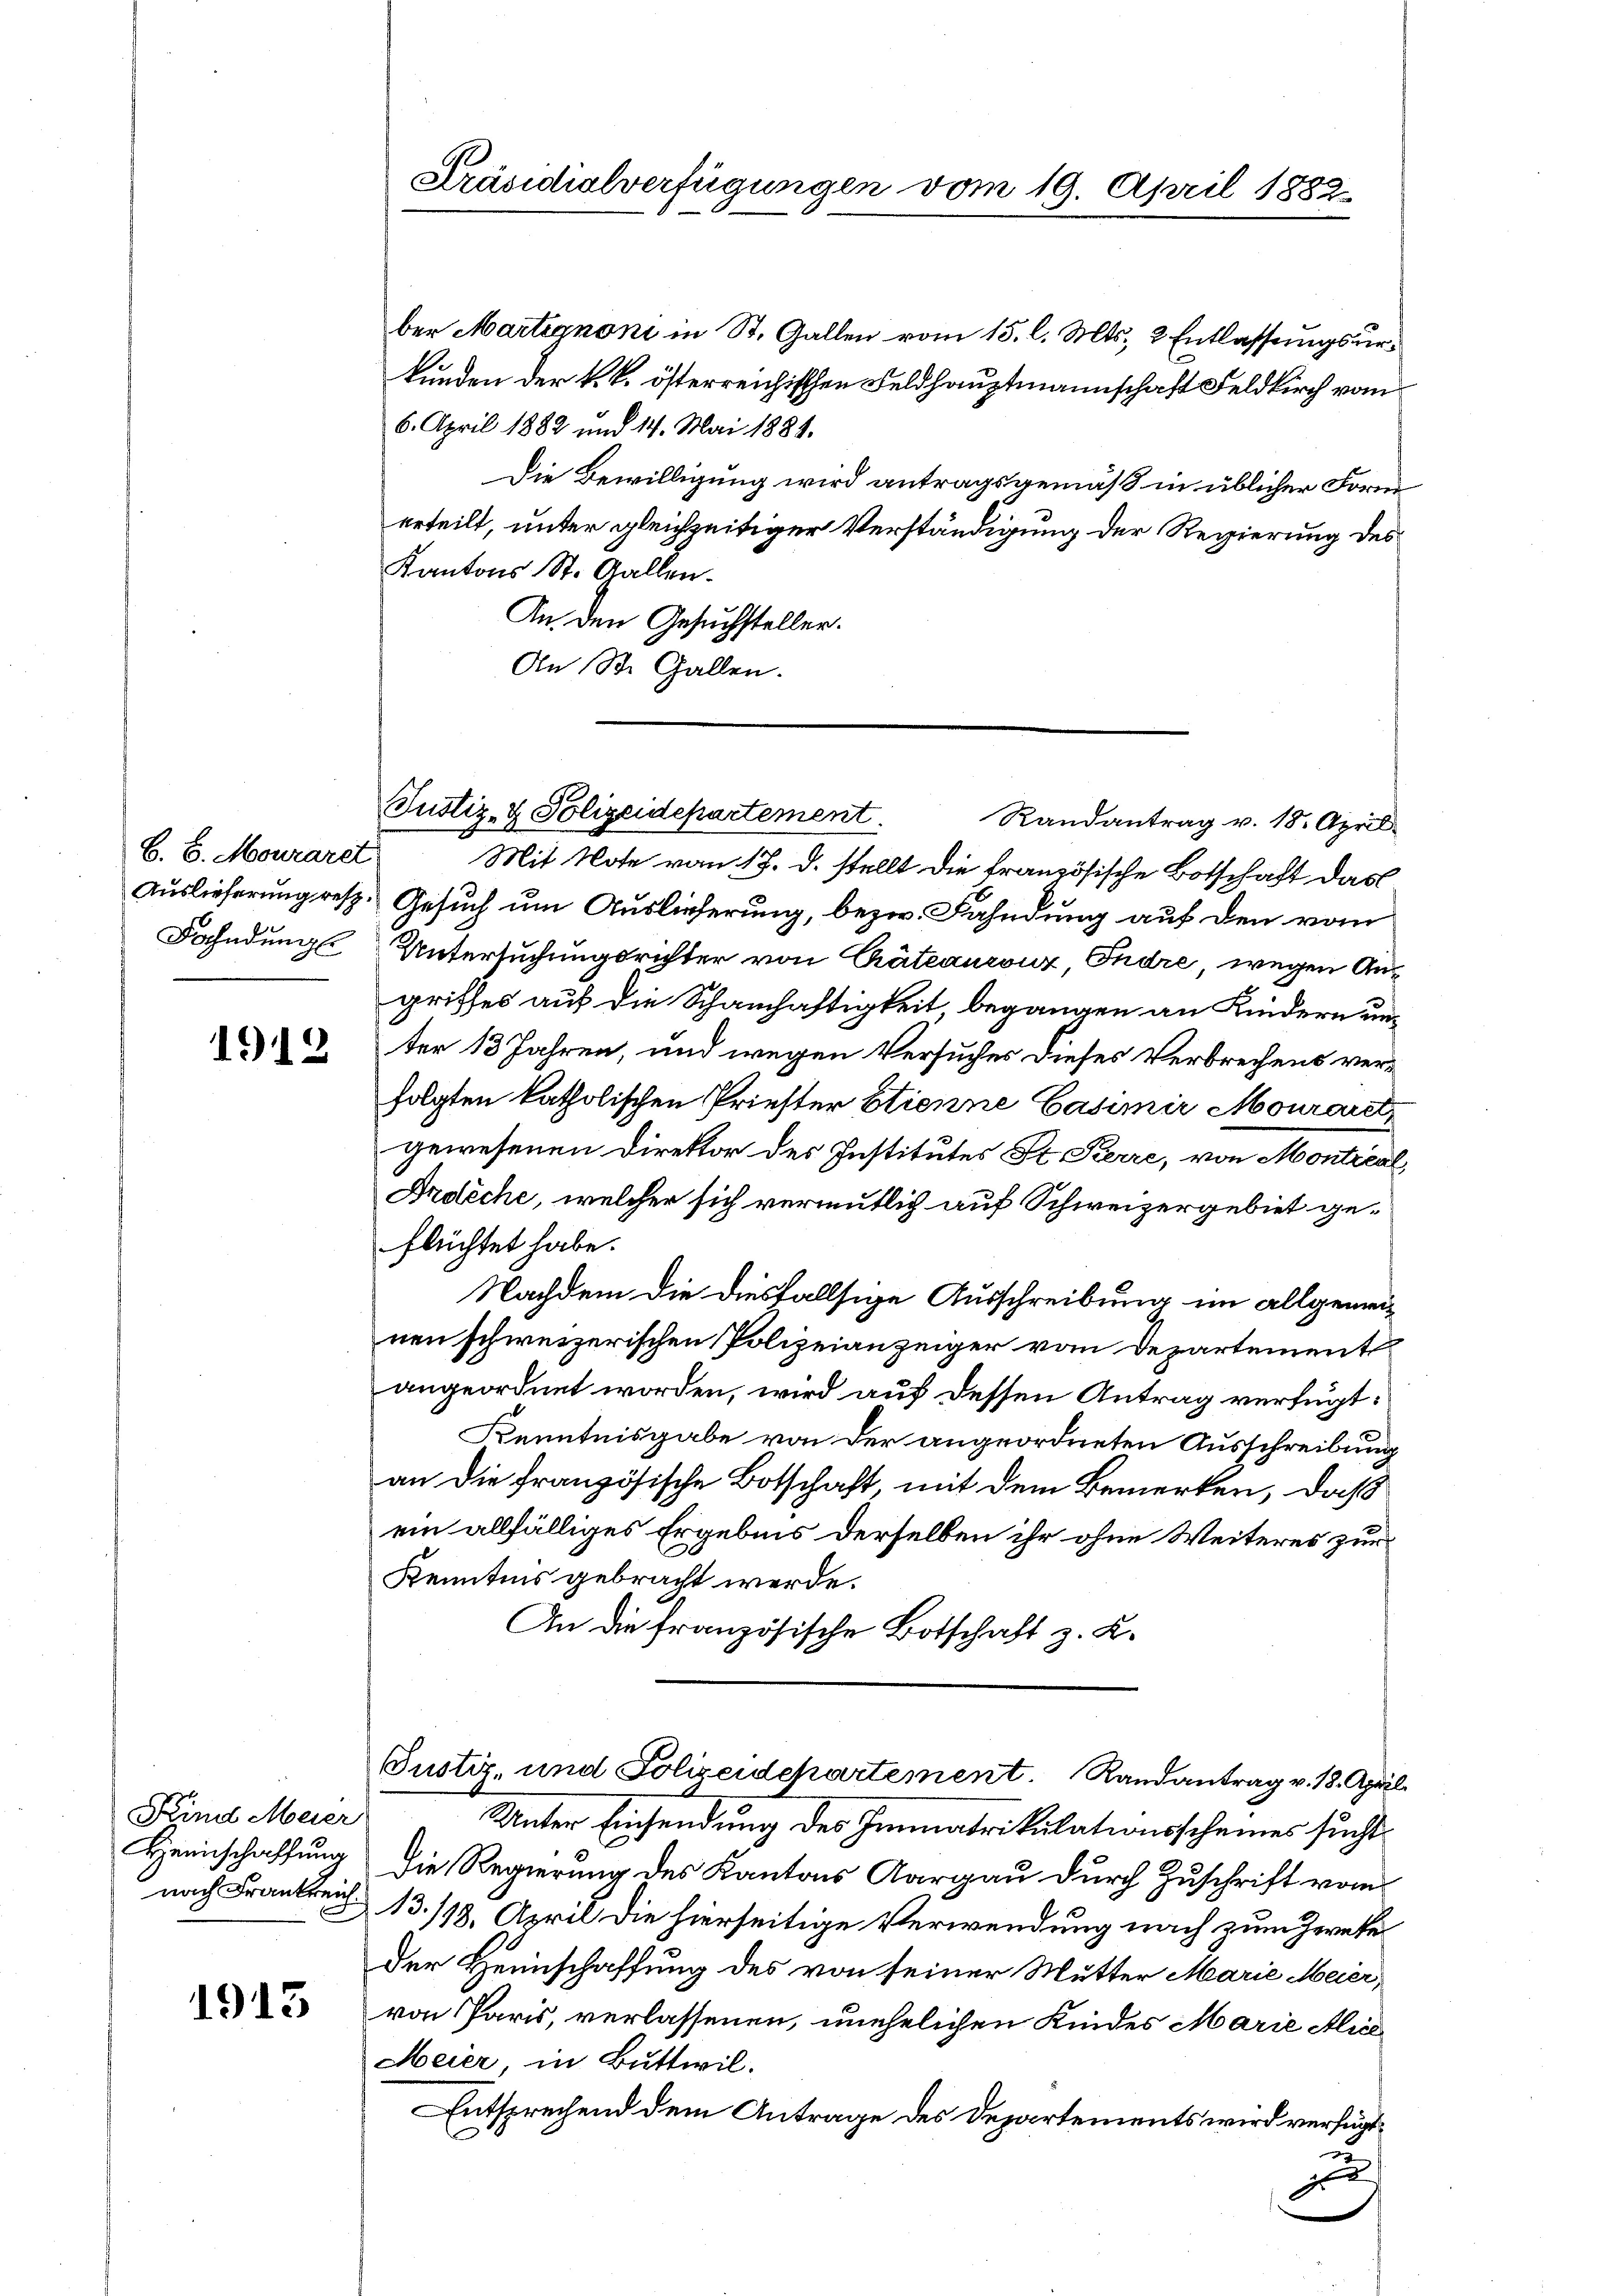
B. 6. Mouraret
Fahndung

1912

Kind Meier
Heinschaffung
nach Frankreich

1913

Präsidialverfügungen vom 19. April 1882.

ber Martignoni in St. Gallen vom 15. l. Mts. 2 Entlassungsurkunden der k. k. österreichischen Feldhauptmannschaft Feldkirch vom
6. April 1882 und 14. Mai 1884.
Die Bewilligung wird antragsgemäß in üblicher Form
erteilt, unter gleichzeitiger Verständigung der Regierung des
Kantons St. Gallen.
An den Gesuchsteller.
An St. Gallen.
Randantrag v. 18. April.
Mit Note vom 17. d. stellt die französische Botschaft das
Auslieferung resp. Gesuch um Auslieferung, bezw. Fahndung auf den vom
Untersuchungsrichter von Güteauronz, Endre, wegen Angriffes auf die Schauschäftigkeit begangen an Kindern unter 13 Jahren, und wegen Versuches dieses Verbrechens verfolgten katholischen Priester Etienne Casimir Mouraret
gewesenen Direktor des Institutes St. Pierre, von Montical
Ardliche, welcher sich vermutlich auf Schweizergebiet geflüchtet habe.
Nachdem die diesfallsige Ausschreibung im allgemeinen schweizerischen Polizeianzeiger vom Departement
angeordnet worden, wird auf dessen Antrag verfügt:
Kenntnisgabe von der angeordneten Ausschreibung
an die französische Botschaft, mit dem Bemerken, daß
ein allfälliges Ergebnis derselben ihr ohne Weiteres zur
Kenntnis gebracht werde.
An die französische Botschaft z. B.
Justiz, und Polizeidepartement. Randantrag v. 18. April
Unter Einsendung des Immatrikulationsscheines sucht
Die Regierung des Kantons Aargau durch Zuschrift vom
13./18. April die hierseitige Verwendung nach zum Zweke
der Heimschaffung des von seiner Mutter Marie Meier,
von Paris, verlassenen, unehelichen Kindes Marie Alics
Meier, in Buttwil.
Entsprechend dem Antrage des Departements wird verfügt,
u

Justiz- & Polizeidepartement.